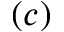
( c )